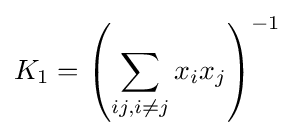
K_{1}=\left(\sum _{ij,i\neq j}x_{i}x_{j}\right)^{-1}